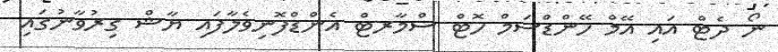
ނޯ ދެޓް އައި އޭމް ހޭންޑްސަމް ހޮޓް ސްމާރޓް އެންޑްފޮނިވެލާފައި ޔާޝް ގިރުވާނުގައި